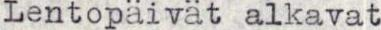
Lentopäivät alkavat